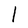
Character: l